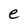
Character: e